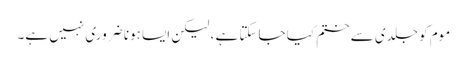
موم کو جلدی سے ختم کیا جاسکتا ہے ، لیکن ایسا ہونا ضروری نہیں ہے۔